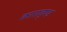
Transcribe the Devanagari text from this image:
काराद्ण्ड